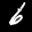
Label: 6